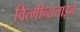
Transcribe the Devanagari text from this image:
वित्गीन्सताइन